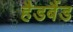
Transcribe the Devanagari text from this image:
हैडबैंड